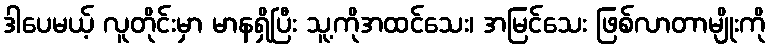
ဒါပေမယ့် လူတိုင်းမှာ မာနရှိပြီး သူ့ကိုအထင်သေး၊ အမြင်သေး ဖြစ်လာတာမျိုးကို